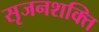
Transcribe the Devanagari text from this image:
सृजनशक्ति